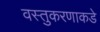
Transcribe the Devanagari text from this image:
वस्तुकरणाकडे